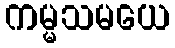
ကမ္မသမယေ